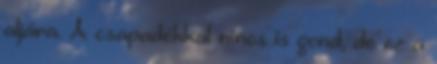
aljára. A csapadékkal nincs is gond, de ez a